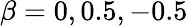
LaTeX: \beta=0,0.5,-0.5